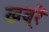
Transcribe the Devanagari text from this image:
खब्रें